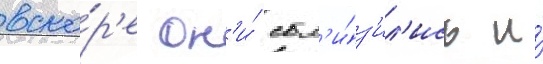
вско́р'е он'и́ сбл'и́з'ил'ись и́